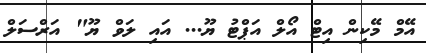
އޭމް މޭކިން އިޓް އޯލް އަޕްޓު ޔޫ... އައި ލަވް ޔޫ" އަރްސަލް